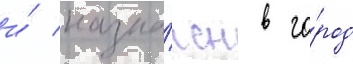
и́ назна́чен в го́род